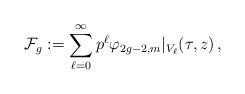
LaTeX: \begin{align*}\mathcal{F}_g:=\sum_{\ell=0}^\infty p^\ell \varphi_{2g-2,m}\vert_{V_\ell}(\tau,z)\,,\end{align*}